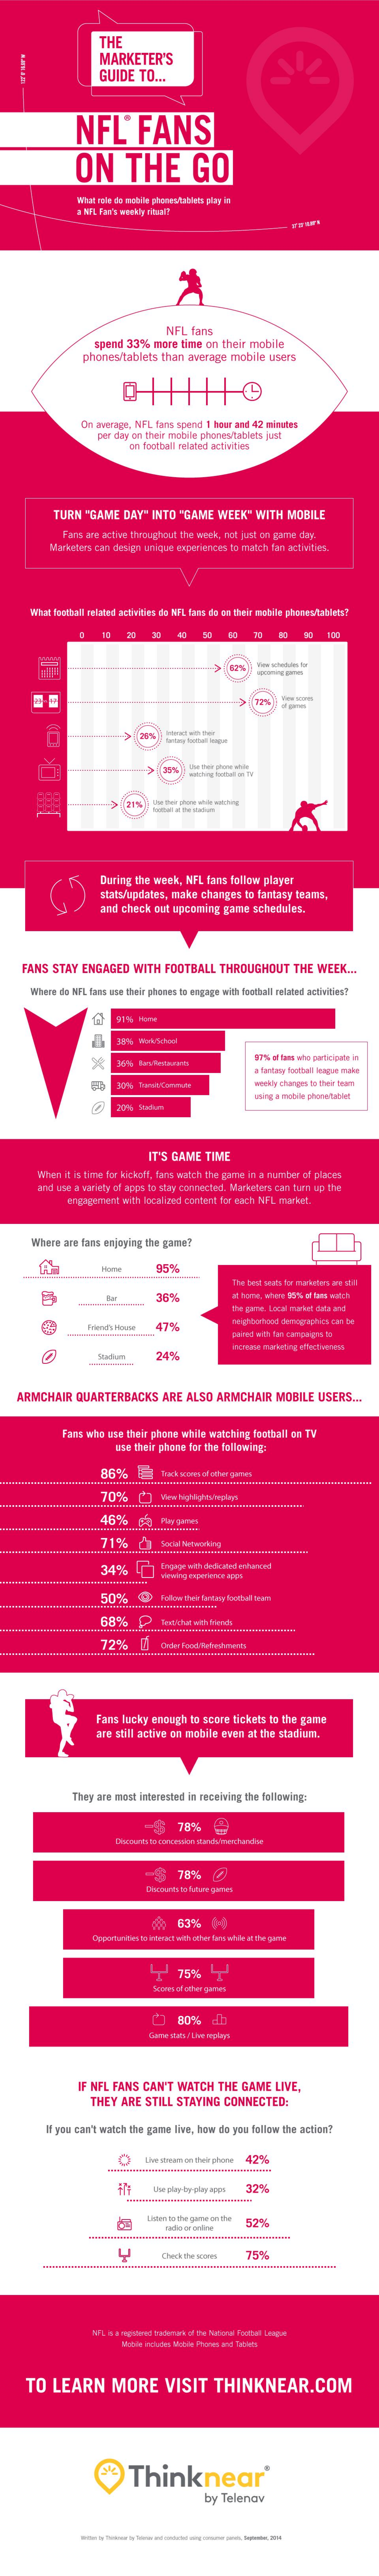
THE
     MARKETER'S
     GUIDE   TO ...
     NFL    FANS
     ON    THE    GO
     mal role ca mobile phanestanlets play in
     HEL Fan's weekly rita !!
     NFL fans
     spand 33%  more  time on  their mobile
     phones/tablets  than  average  mobile  users
     On average, NFL faris spand 1 haar and 42 minutes.
     per day on their mobile phones/tablets just
     on football salated activities.
     TURN   "GAME  DAY"  INTO  "GAME   WEEK"   WITH  MOBILE
     Fars and active throughout the walk, not just on parte day.
     Marketers can design unique experiences to match fan activities.
     What fectaall related activities da NFL tant da ce their mabile phores tablets?
     20    47
     215
     ----
     During the week, NFL  fans follow player
     stats/updates, make changes  to fantasy teams,
     and check  out upcoming  gane  schedules.
    FANS   STAY  ENGAGED   WITH   FOOTBALL   THROUGHOUT    THE WEEK   ...
     Where da NFL tans use their phones to engage with football related activises?
     71%  Hur
     ---
     a fantasy football league nuts
     weekly changes to their tees
     IT'S GAME  TIME
     When it is time for kickoff. fans watch the game in a number of places
     and une a variety of apps to stay connected. Marketers can turn up the
     cargagarant with localized contant for sich NFL market.
     Where are fans enjoying the game?
     36%
     the game. Lacal market data and
     47%    neighborhood demographics can be
     mchan marketing effectivenem
    ARMCHAIR   QUARTERBACKS    ARE  ALSO   ARMCHAIR    MOBILE   USERS  ..
     fass wha ase their phene while watching football en TY
     tue their phate for the following-
     86%    il trech xcom-of other guaren
     .................................................
     46%    ) P   paren
     50%    (10 Follow thein furbeny footbel toum
     72%
     ans lucky enough  to score tickets to the game
     re still active on mobile even at the stadium.
     They are mast interested in receiving the following:
     -$    78%
     -8    78%    (0
     $    63%    04
     75%
     Some of other games
     080%    dh
     IF NFL FANS  CAN'T   WATCH   THE  GAME   LIVE,
     THEY  ARE  STILL  STAYING  CONNECTED:
     If you can't watch the game live, how do you follow the action?
     O    Live streams on theirphone 42%
     32%
     Unter to the gunme on the
     75%
     WE'LL is a registered trademark of the National Foutcoll League
     Udbile includes Mobile Phones and Tablets
     TO   LEARN    MORE    VISIT    THINKNEAR.COM
     Thinknear
     by  Telenov